Account of plague administration in the Bombay Presidency from September 1896 till May 1897
Year: 1896
Disease focus: Plague
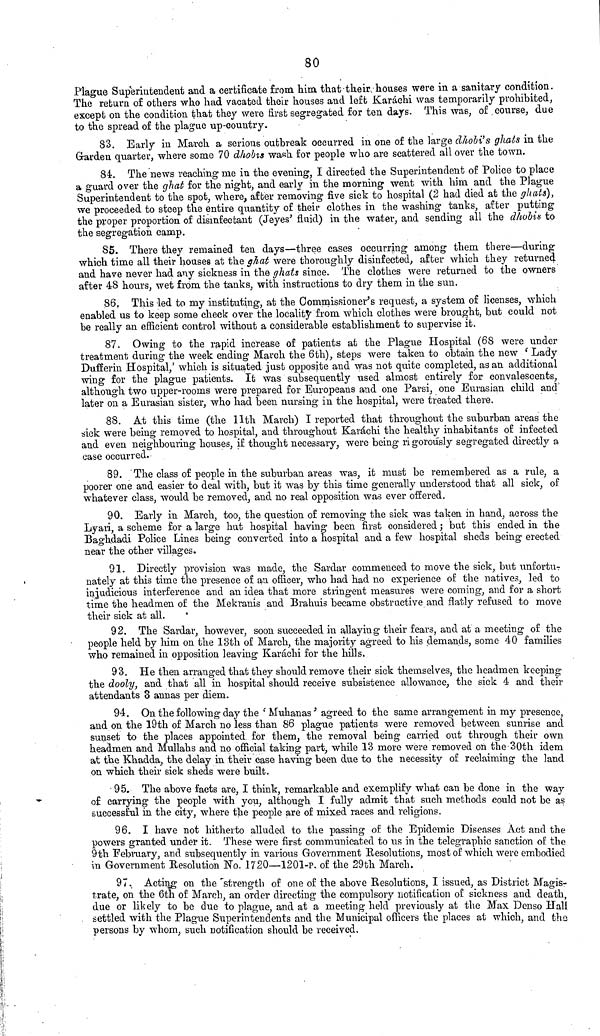
80
Plague Superintendent and a certificate from him that their houses were in a sanitary condition.
The return of others who had vacated their houses and left Karachi was temporarily prohibited,
except on the condition that they were first segregated for ten days. This was, of course, due
to the spread of the plague up-country.
83. Early in March a serious outbreak occurred in one of the large dhobi's ghats in the
Garden quarter, where some 70 dhobis wash for people who are scattered all over the town.
84. The news reaching me in the evening, I directed the Superintendent of Police to place
a guard over the ghat for the night, and early in the morning went with him and the Plague
Superintendent to the spot, where, after removing five sick to hospital (2 had died at the ghats),
we proceeded to steep the entire quantity of their clothes in the washing tanks, after putting
the proper proportion of disinfectant (Jeyes' fluid) in the water, and sending all the dhobis to
the segregation camp.
85. There they remained ten days—three eases occurring among them there—during
which time all their houses at the ghat were thoroughly disinfected, after which they returned
and have never had any sickness in the ghats since. The clothes were returned to the owners
after 48 hours, wet from the tanks, with instructions to dry them in the sun.
86. This led to my instituting, at the Commissioner's request, a system of licenses, which
enabled us to keep some check over the locality from which clothes were brought, but could not
be really an efficient control without a considerable establishment to supervise it.
87. Owing to the rapid increase of patients at the Plague Hospital (68 were under
treatment during the week ending March the 6th), steps were taken to obtain the new 'Lady
Dufferin Hospital,' which is situated just opposite and was not quite completed, as an additional
wing for the plague patients. It was subsequently used almost entirely for convalescents,
although two upper-rooms were prepared for Europeans and one Parsi, one Eurasian child and
later on a Eurasian sister, who had been nursing in the hospital, were treated there.
88. At this time (the 11th March) I reported that throughout the suburban areas the
sick were being removed to hospital, and throughout Karáchi the healthy inhabitants of infected
and even neighbouring houses, if thought necessary, were being rigorously segregated directly a
case occurred.
89. The class of people in the suburban areas was, it must be remembered as a rule, a
poorer one and easier to deal with, but it was by this time generally understood that all sick, of
whatever class, would be removed, and no real opposition was ever offered.
90. Early in March, too, the question of removing the sick was taken in hand, across the
Lyari, a scheme for a large hut hospital having been first considered ; but this ended in the
Baghdadi Police Lines being converted into a hospital and a few hospital sheds being erected
near the other villages.
91. Directly provision was made, the Sardar commenced to move the sick, but unfortu-
nately at this time the presence of an officer, who had had no experience of the natives, led to
injudicious interference and an idea that more stringent measures were coming, and for a short
time the headmen of the Mekranis and Brahms became obstructive and flatly refused to move
their sick at all.
92. The Sardar, however, soon succeeded in allaying their fears, and at a meeting of the
people held by him on the 18th of March, the majority agreed to his demands, some 40 families
who remained in opposition leaving Karachi for the hills.
93. He then arranged that they should remove their sick themselves, the headmen keeping
the dooly, and that all in hospital should receive subsistence allowance, the sick 4 and their
attendants 3 annas per diem.
94. On the following day the 'Muhanas' agreed to the same arrangement in my presence,
and on the 19th of March no less than 86 plague patients were removed between sunrise and
sunset to the places appointed for them, the removal being carried out through their own
headmen and Mullahs and no official taking part, while 13 more were removed on the 30th idem
at the Khadda, the delay in their case having been due to the necessity of reclaiming the land
on which their sick sheds were built.
95. The above facts are, I think, remarkable and exemplify what can be done in the way
of carrying the people with you, although I fully admit that such methods could not be as
successful in the city, where the people are of mixed races and religions.
96. I have not hitherto alluded to the passing of the Epidemic Diseases Act and the
powers granted under it. These were first communicated to us in the telegraphic sanction of the
9th February, and subsequently in various Government Resolutions, most of which were embodied
in Government Resolution No. 1720—1201-p. of the 29th March.
97. Acting on the strength of one of the above Resolutions, I issued, as District Magis-
trate, on the 6th of March, an order directing the compulsory notification of sickness and death,
due or likely to be due to plague, and at a meeting held previously at the Max Denso Hall
settled with the Plague Superintendents and the Municipal officers the places at which, and the
persons by whom, such notification should be received.